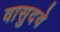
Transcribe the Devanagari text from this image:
वासुदवे